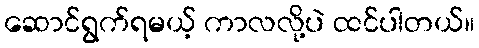
ဆောင်ရွက်ရမယ့် ကာလလို့ပဲ ထင်ပါတယ်။